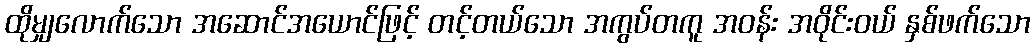
ထိုမျှလောက်သော အဆောင်အယောင်ဖြင့် တင့်တယ်သော အကွပ်တကူ အဝန်း အဝိုင်းဝယ် နှစ်ဖက်သော